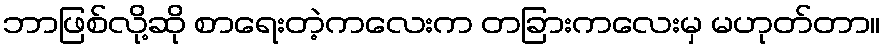
ဘာဖြစ်လို့ဆို စာရေးတဲ့ကလေးက တခြားကလေးမှ မဟုတ်တာ။